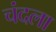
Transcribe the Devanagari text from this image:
चंदला